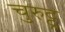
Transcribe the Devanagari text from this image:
चुरुट्टू